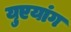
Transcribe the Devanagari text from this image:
युएयांग